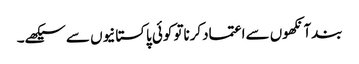
بندآنکھوں سےاعتمادکرناتو کوئی پاکستانیوں سےسیکھے۔